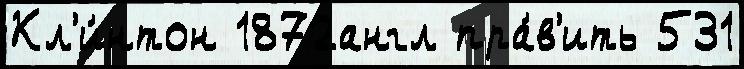
Кл'и́нтон 1872англ пра́в'ить 531